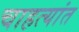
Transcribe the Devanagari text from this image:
चाहत्यांत